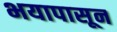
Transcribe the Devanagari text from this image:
भयापासून